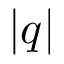
| q |